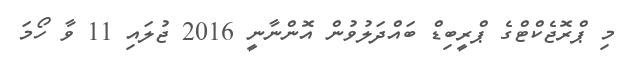
މި ޕްރޮޖެކްޓްގެ ޕްރީބިޑް ބައްދަލުވުން އޮންނާނީ 2016 ޖުލައި 11 ވާ ހޯމަ